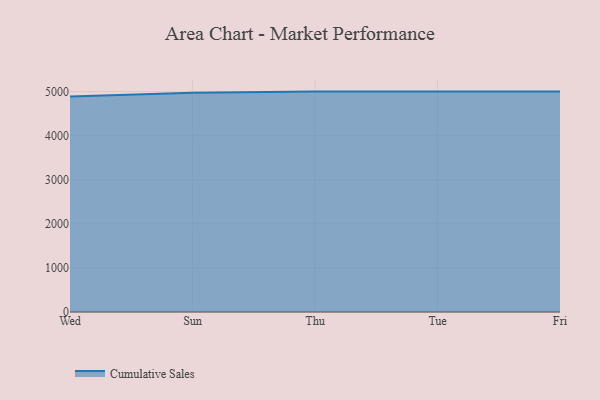
{"axis": {"x": "Day", "y": "Humidity (%)"}, "legend": ["Cumulative Sales"], "data": [{"x": "Wed", "y": 4891.3, "type": "Cumulative Sales"}, {"x": "Sun", "y": 4976.0, "type": "Cumulative Sales"}, {"x": "Thu", "y": 5000, "type": "Cumulative Sales"}, {"x": "Tue", "y": 5000, "type": "Cumulative Sales"}, {"x": "Fri", "y": 5000, "type": "Cumulative Sales"}]}